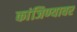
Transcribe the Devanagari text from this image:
कांजिण्यावर